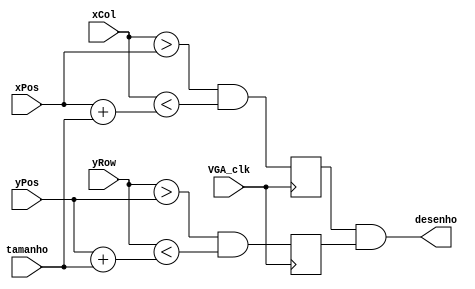
module desenha_objeto (
	input VGA_clk,
	input wire [6:0] tamanho,
	input wire [9:0] xCol, xPos,
	input wire [8:0] yRow, yPos, 
	output wire desenho
);
	reg desenho_x, desenho_y;	
	
	always @(negedge VGA_clk)
		begin
			desenho_x <= (xCol > xPos && xCol < (xPos + tamanho));
			desenho_y <= (yRow > yPos && yRow < (yPos + tamanho));
		end
	
	assign desenho = desenho_x && desenho_y;

endmodule